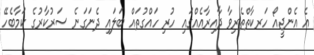
އެ އެންޖީއޯ ހަރކާތްތެރިވާ ދާއިރާއެއްގައި ހުރި ހައްގުތައް ބަލައި ދެނަގަނެ ސަރުކާރުގެ ކަމާބެހޭ